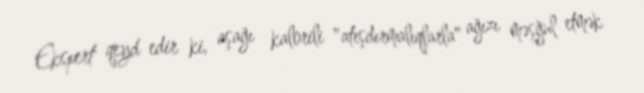
Ekspert qeyd edir ki, aşağı kalorili "atışdırmalıqlarla" ağızı məşğul etmək